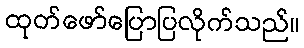
ထုတ်ဖော်ပြောပြလိုက်သည်။